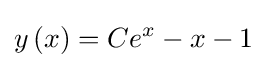
y\left(x\right)=Ce^{x}-x-1